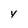
Character: y